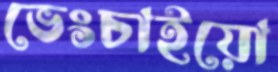
ভেংচাইয়ো